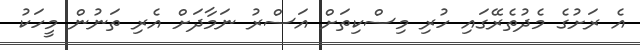
އެ ރަށުގެ މެދުތެރޭގައި ހުރި މިސްކިތަށް އަސްރު ނަމާދަށް އެރި ތަނުން މީހަކު